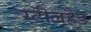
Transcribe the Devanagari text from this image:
स्टीलहैड